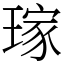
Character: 𤨎